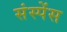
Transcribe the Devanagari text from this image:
संस्पेंस